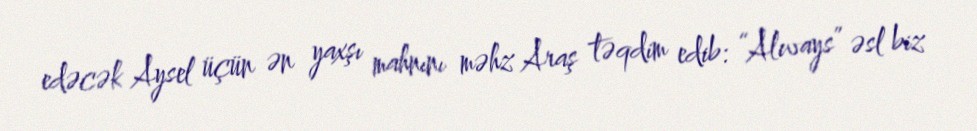
edəcək Aysel üçün ən yaxşı mahnını məhz Araş təqdim edib: “Always” əsl biz